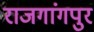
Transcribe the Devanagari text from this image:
राजगांगपुर